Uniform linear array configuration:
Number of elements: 4
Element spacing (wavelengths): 0.5
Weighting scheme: kaiser
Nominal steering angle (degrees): -45
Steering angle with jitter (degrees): -45.989
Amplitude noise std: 0.05
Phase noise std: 0.05

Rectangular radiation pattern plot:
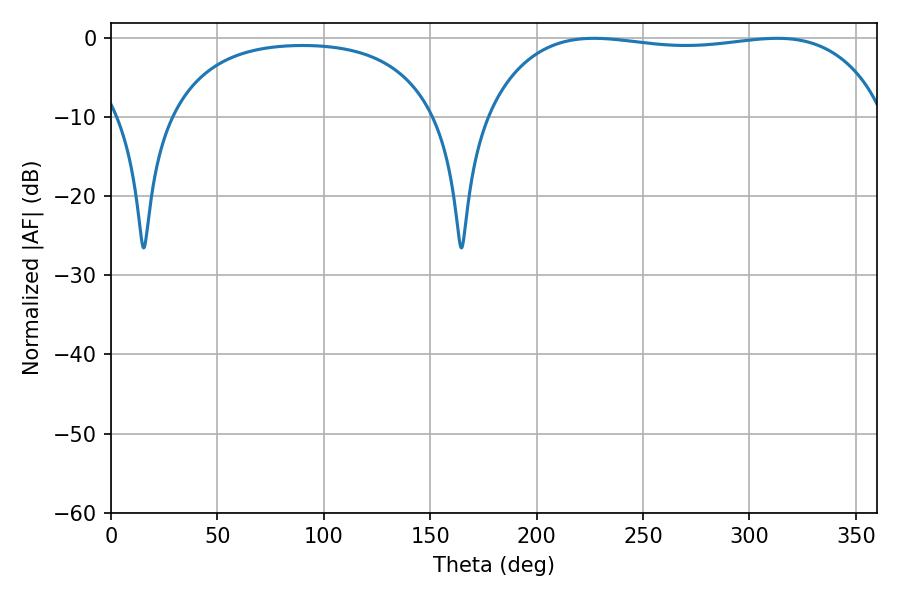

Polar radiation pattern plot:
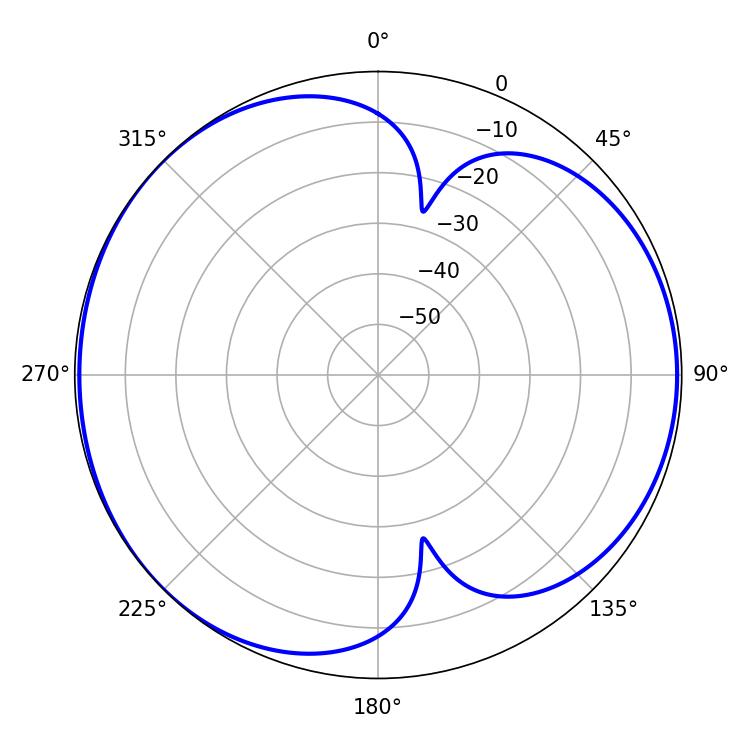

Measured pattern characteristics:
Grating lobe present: FALSE
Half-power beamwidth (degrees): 150.12
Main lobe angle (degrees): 226.98